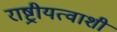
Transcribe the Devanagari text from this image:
राष्ट्रीयत्वाशी